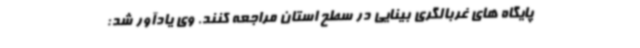
پایگاه های غربالگری بینایی در سطح استان مراجعه کنند. وی یادآور شد: